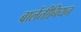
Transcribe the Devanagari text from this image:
बालेंतीनियन